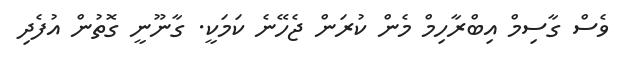
ވެސް ގާސިމް އިބްރާހިމް މެން ކުރަން ޖެހޭނެ ކަމަކީ. ގާނޫނީ ގޮތުން އުފެދި